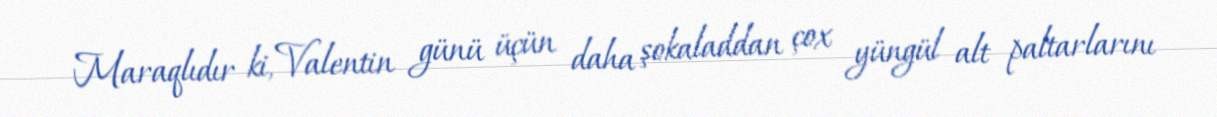
Maraqlıdır ki, Valentin günü üçün daha şokaladdan çox yüngül alt paltarlarını